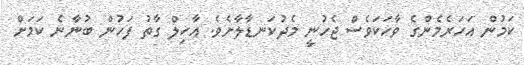
ކަމުން އަހަރެމެންގެ ވާހަކަވެސް ޖެހުނީ މެދުކަނޑާލާށެވެ. އާހިލް ގާތު ފަހުން ބުނާނެ ކަމަށް